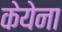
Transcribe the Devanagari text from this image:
केयेना